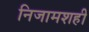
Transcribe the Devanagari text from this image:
निजामशही